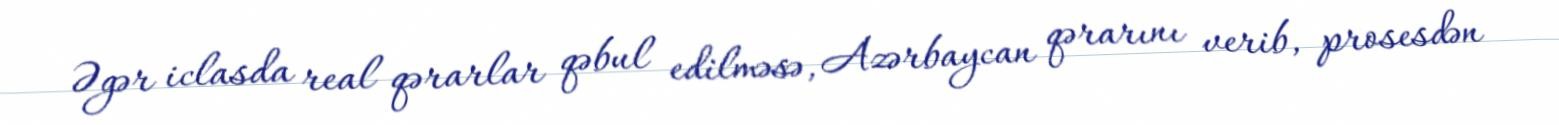
Əgər iclasda real qərarlar qəbul edilməsə, Azərbaycan qərarını verib, prosesdən